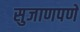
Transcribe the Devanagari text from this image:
सुजाणपणे